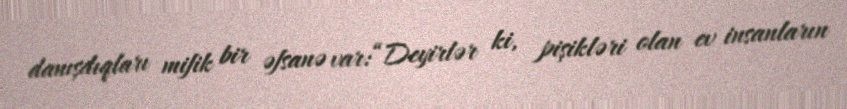
danışdıqları mifik bir əfsanə var:“Deyirlər ki, pişikləri olan ev insanların